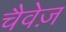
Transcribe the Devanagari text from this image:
चैवेज़